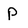
Character: p